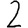
Digit: 2